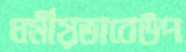
ধর্মীয়ভাবেউপ